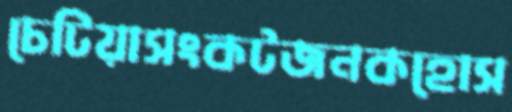
চেটিয়াসংকটজনকহোস